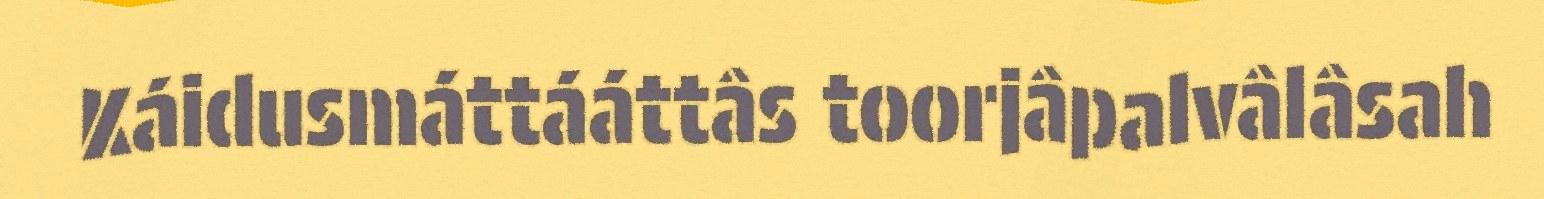
Káidusmáttááttâs toorjâpalvâlâsah